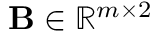
\mathbf { B } \in \mathbb { R } ^ { m \times 2 }